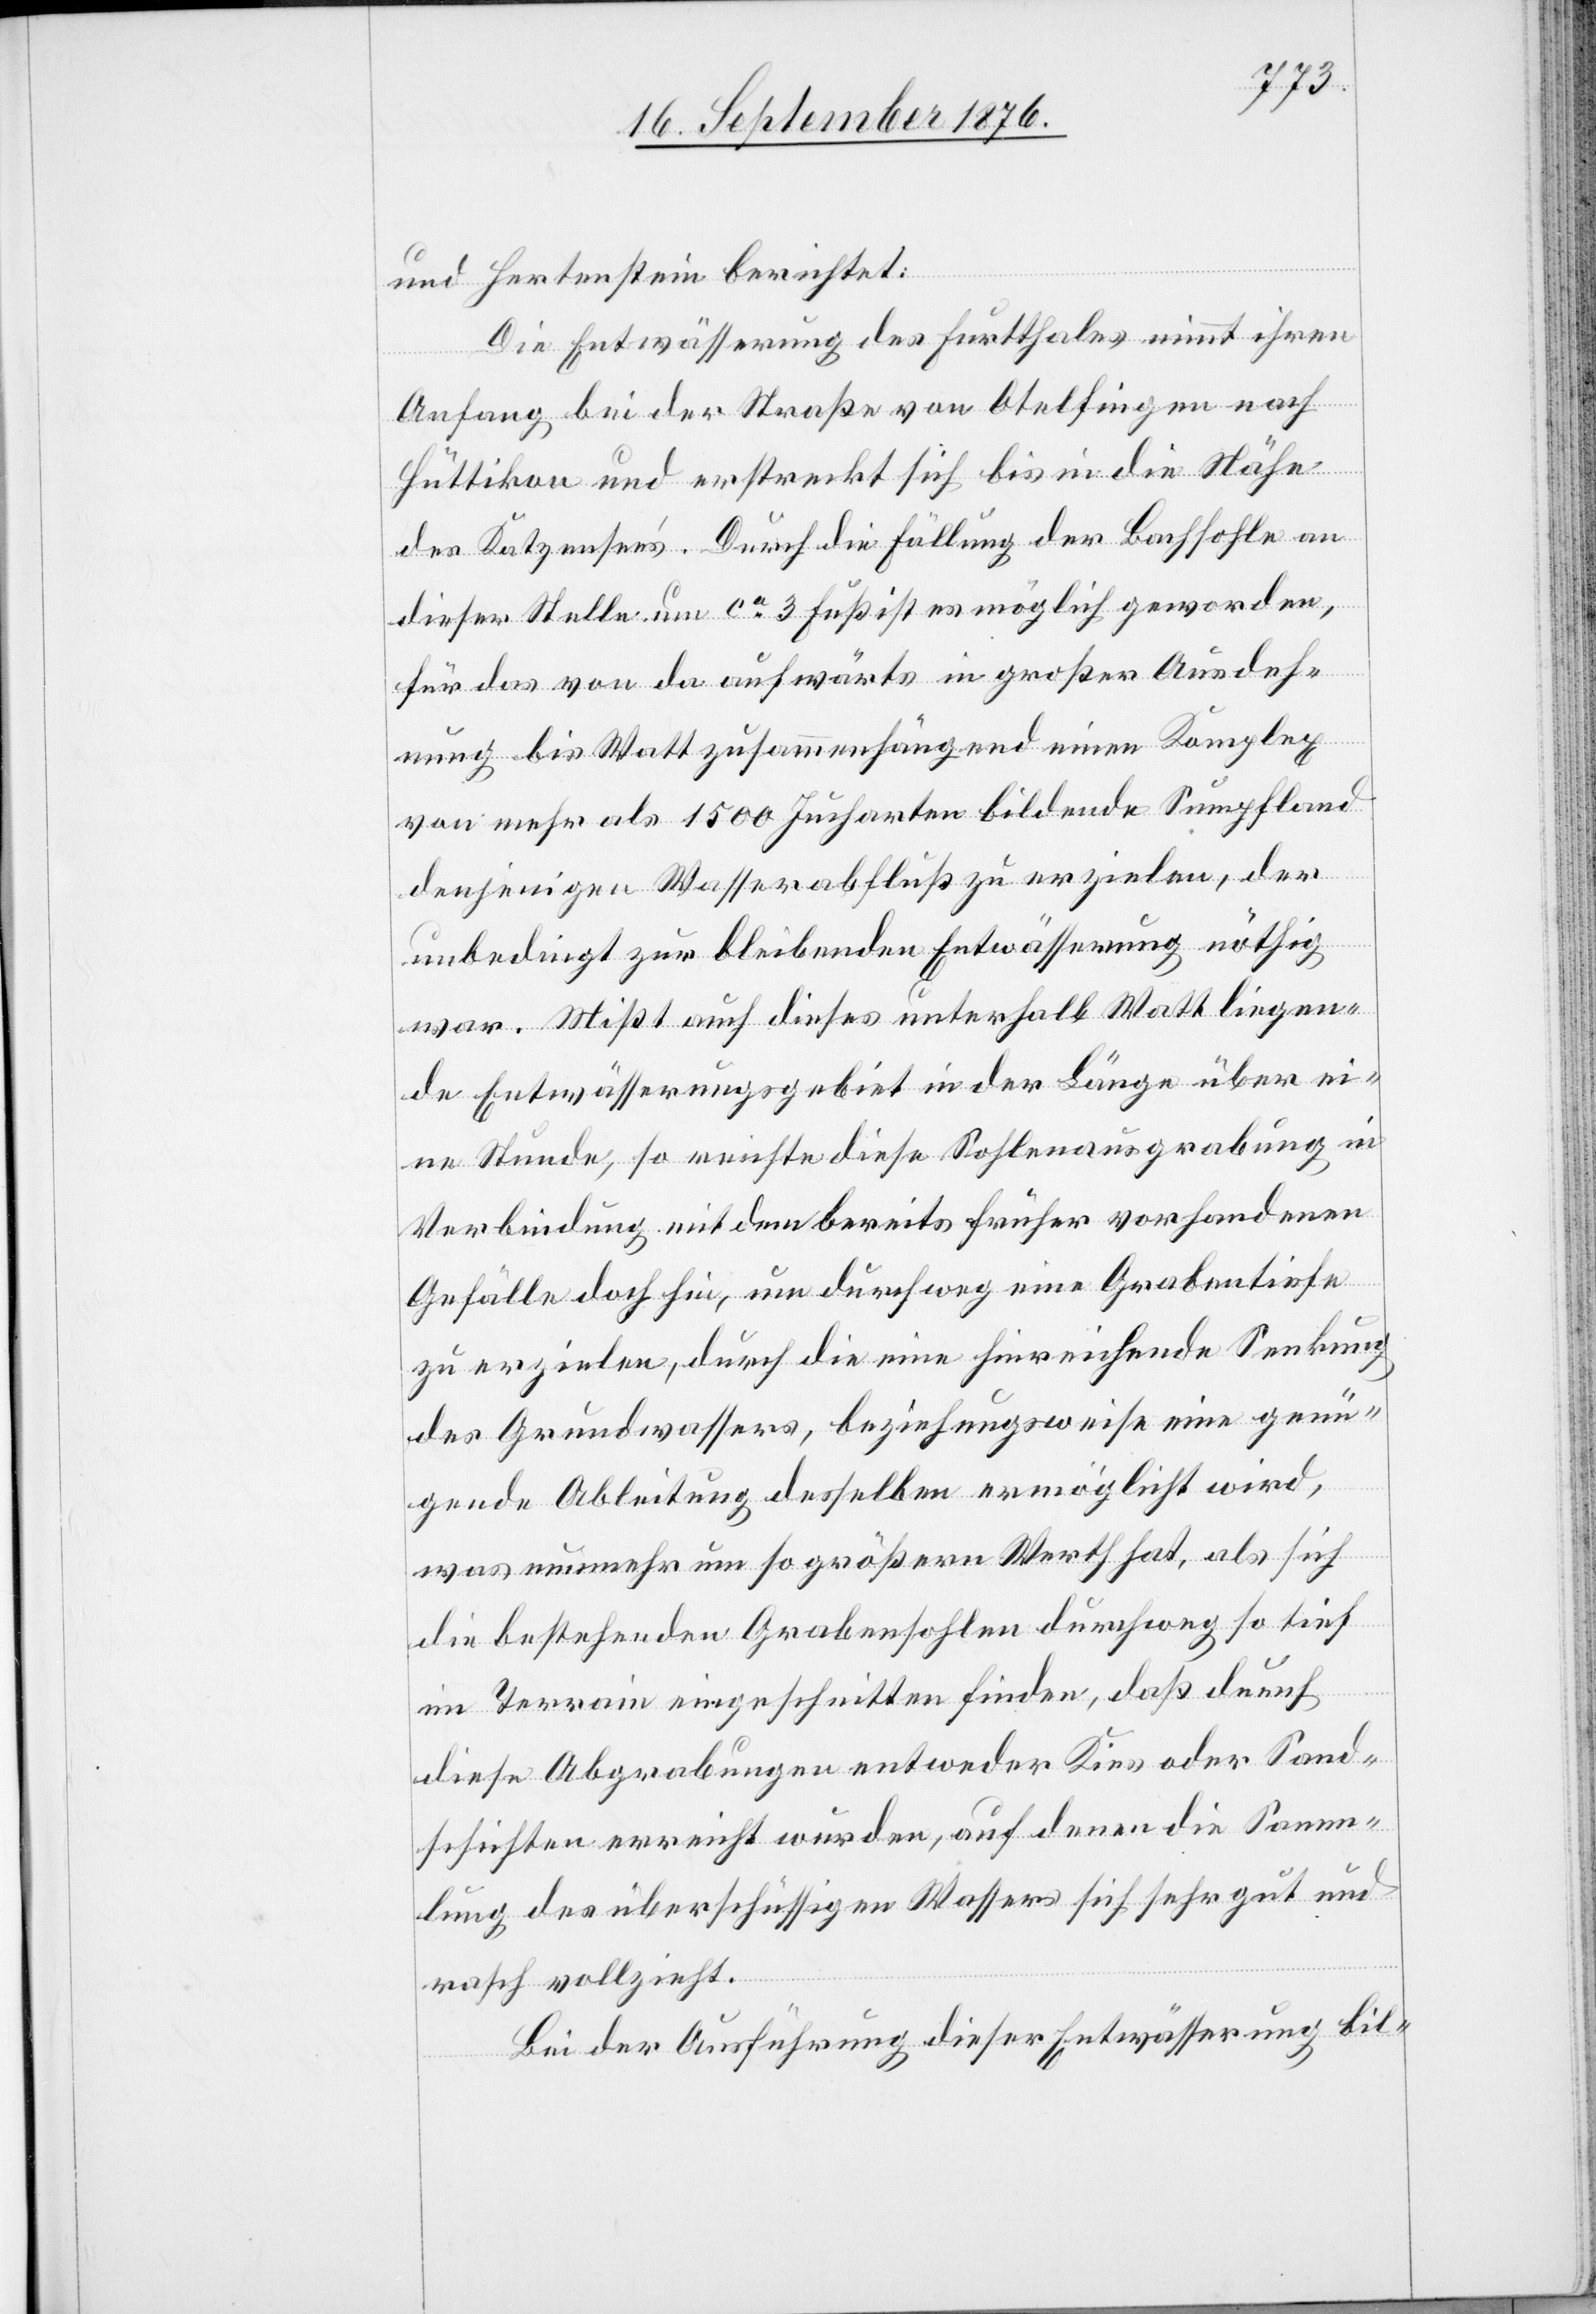
und Hertenstein berichtet:
Die Entwässerung des Furtthales nimmt ihren
Anfang bei der Straße von Otelfingen nach
Hüttikon und erstreckt sich bis in die Nähe
des Katzensee’s. Durch die Fällung der Bachsohle an
dieser Stelle um ca 3 Fuß ist es möglich geworden,
für das von da aufwärts in großer Ausdeh¬
nung bis Watt zusammenhängend einen Komplex
von mehr als 1500 Jucharten bildende Sumpfland
denjenigen Wasserabfluß zu erziehlen, der
unbedingt zur bleibenden Entwässerung nöthig
war. Mißt auch dieses unterhalb Watt liegen¬
de Entwässerungsgebiet in der Länge über ei¬
ne Stunde, so reichte diese Sohlenausgrabung in
Verbindung mit dem bereits früher vorhandenen
Gefälle doch hin, um durchweg eine Grabentiefe
zu erziehlen durch die eine hinreichende Senkung
des Grundwassers, beziehungsweise eine genü¬
gende Ableitung desselben ermöglicht wird,
was nunmehr um so größern Werth hat, als sich
die bestehenden Grabensohlen durchweg so tief
im Terrain eingeschnitten finden, daß durch
diese Abgrabungen entweder Kies oder Sand¬
schichten erreicht wurden, auf denen die Samm¬
lung des überschüssigen Wassers sich sehr gut und
rasch vollzieht.
Bei der Ausführung dieser Entwässerung bil-